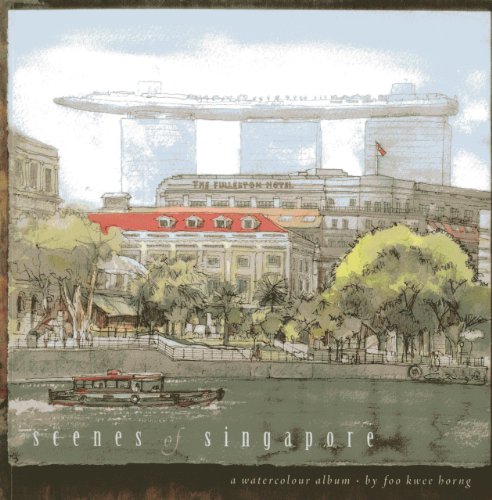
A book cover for Scenes of Singapore: A Watercolour Album; Foo Kwee Horng; Travel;